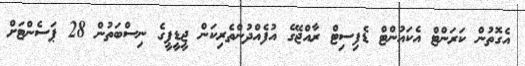
އެގޮތުން ކަރަންޓް އެކައުންޓް ޑެފިސިޓް ރާއްޖޭގެ އުފެއްދުންތެރިކަން ޖީޑީޕީގެ ނިސްބަތުން 28 ޕަސެންޓަށް